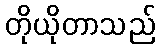
တိုယိုတာသည်